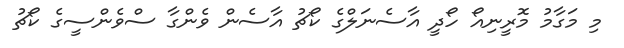
މި މަގާމު މޮރީނިއޯ ހޯދީ އާސެނަލްގެ ކޯޗު އާސެން ވެންގާ ސްވެންސީގެ ކޯޗު